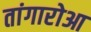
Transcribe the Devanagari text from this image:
तांगारोआ